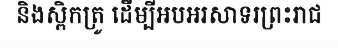
និងស្ពិកត្រូ ដើម្បីអបអរសាទរព្រះរាជ